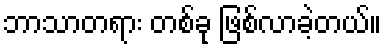
ဘာသာတရား တစ်ခု ဖြစ်လာခဲ့တယ်။